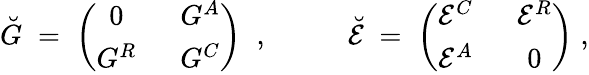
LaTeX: \breve{G}\; =\; \left(\begin{array}{cc}{{0\; }}&{{\; G^{A}}}\\ {{G^{R}\; }}&{{\; G^{C}}}\end{array}\right)\; \; ,\; \; \; \; \; \; \; \; \; \; \breve{{\cal E}}\; =\; \left(\begin{array}{cc}{{{\cal E}^{C}\; }}&{{\; {\cal E}^{R}}}\\ {{{\cal E}^{A}\; }}&{{\; 0}}\end{array}\right)\; ,